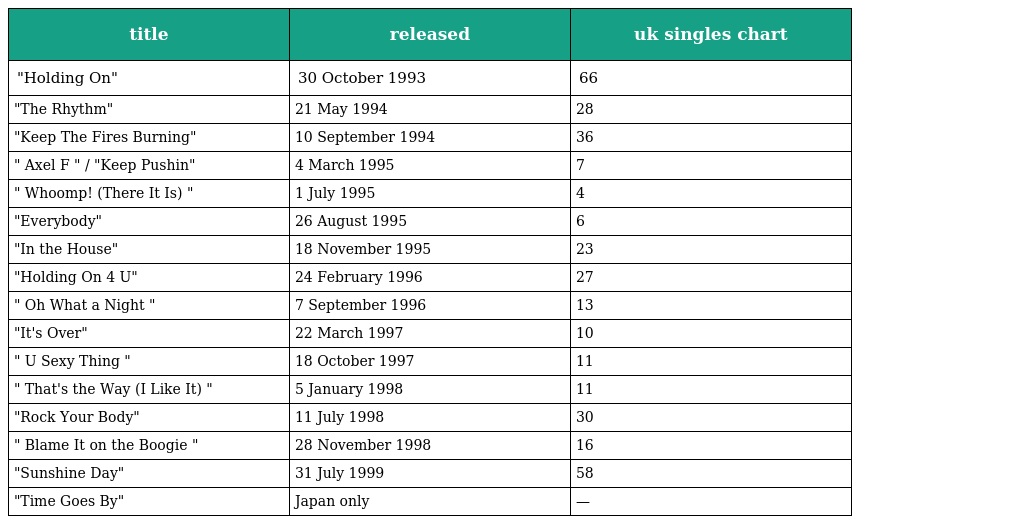
| title | released | uk singles chart |
 | --- | --- | --- |
 | "Holding On" | 30 October 1993 | 66 |
 | "The Rhythm" | 21 May 1994 | 28 |
 | "Keep The Fires Burning" | 10 September 1994 | 36 |
 | " Axel F " / "Keep Pushin" | 4 March 1995 | 7 |
 | " Whoomp! (There It Is) " | 1 July 1995 | 4 |
 | "Everybody" | 26 August 1995 | 6 |
 | "In the House" | 18 November 1995 | 23 |
 | "Holding On 4 U" | 24 February 1996 | 27 |
 | " Oh What a Night " | 7 September 1996 | 13 |
 | "It's Over" | 22 March 1997 | 10 |
 | " U Sexy Thing " | 18 October 1997 | 11 |
 | " That's the Way (I Like It) " | 5 January 1998 | 11 |
 | "Rock Your Body" | 11 July 1998 | 30 |
 | " Blame It on the Boogie " | 28 November 1998 | 16 |
 | "Sunshine Day" | 31 July 1999 | 58 |
 | "Time Goes By" | Japan only | — |